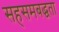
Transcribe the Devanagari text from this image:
सहसमबद्धता